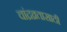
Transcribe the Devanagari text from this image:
चांद्रव्रतासाठी